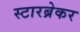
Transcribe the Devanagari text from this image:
स्टारब्रेकर